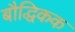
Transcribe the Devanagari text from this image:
बौद्धिकक